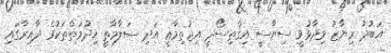
އަބުދު ރިޔާޒު ވިދާޅުވީ ސިޔާސީ އިޤްތިސޯދީ އިޖުތިމާޢީ އަދި ސަލާމާތީ ޚިދުމަތްތަކުގެ ދާއިރާގައި